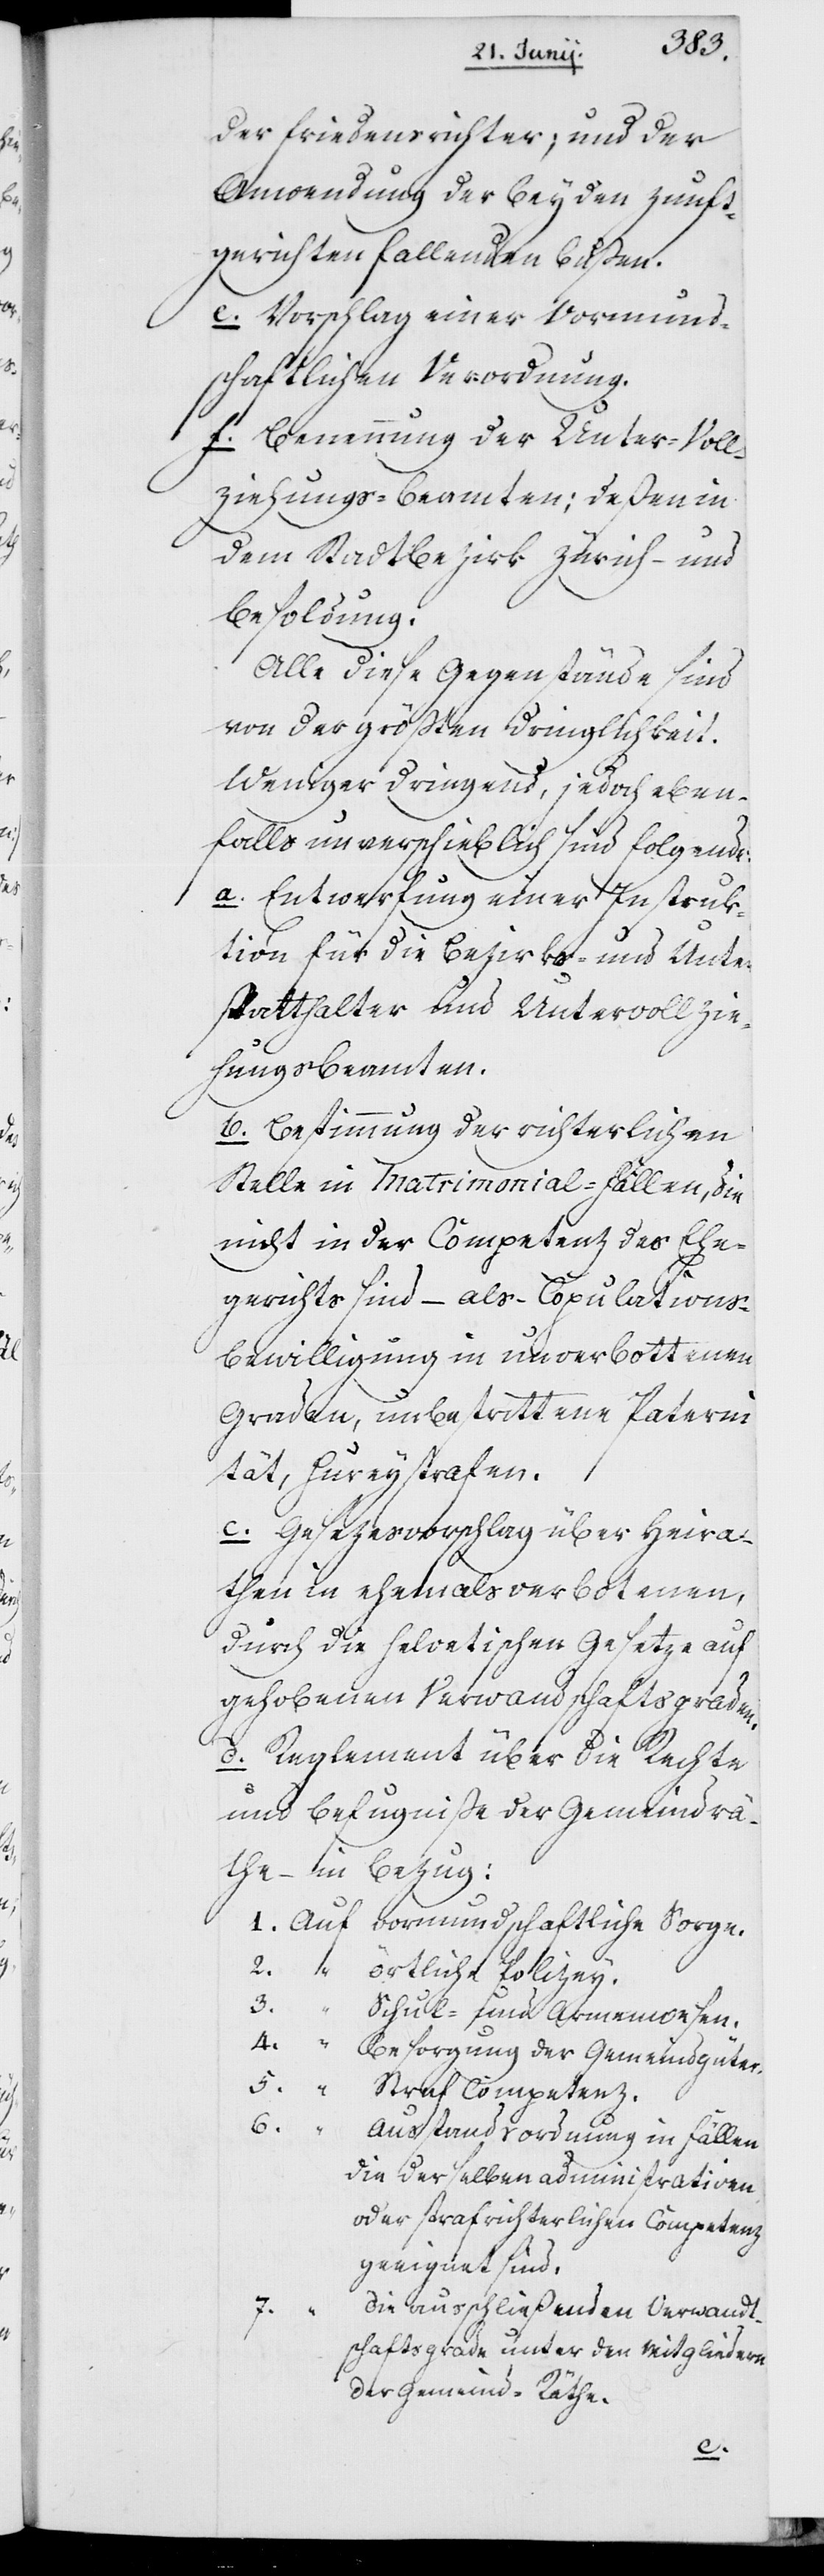
der Friedensrichter, und der
Anwendung der bey den Zunft¬
gerichten fallenden Bußen.
e. Vorschlag einer Vormund¬
schaftlichen Verordnung.
f. Benennung der Unter-Voll¬
ziehungs-Beamten; deßen in
dem Stadtbezirk Zürich – und
Besoldung.
Alle diese Gegenstände sind
von der größten Dringlichkeit.
Weniger dringend, jedoch eben¬
falls unverschieblich sind folgende:
a. Entwerfung einer Instruk¬
tion für die Bezirks- und Unter¬
statthalter und Untervollzie¬
hungs-Beamten.
b. Bestimmung der richterlichen
Stelle in Matrimonial-Fällen, die
nicht in der Competenz des Ehe¬
gerichts sind – als Copulations¬
bewilligung in unverbottenen
Graden, unbestrittene Paterni¬
tät, Hureystrafen.
c. Gesezesvorschlag über Heira¬
then in ehemals verbotenen,
durch die helvetischen Gesetze auf¬
gehobenen Verwandtschaftsgraden.
d. Reglement über die Rechte
und Befugniße der Gemeinderä¬
the – in Bezug:
1. Auf vormundschaftliche Sorge.
2. " örtliche Polizey.
3.
" Schul- und Armenwesen.
4. " Besorgung der Gemeindgüter.
Straf Competenz.
6.
Ausstandsordnung in Fällen
die derselben administrativen
oder strafrichterlichen Competenz
geeignet sind.
die ausschließenden Verwandt¬
schaftsgrade unter den Mitgliedern
der Gemeind-Räthe.
5.